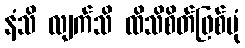
နံသိ လျက်သိ ထိသိစိတ်ဖြစ်ပုံ